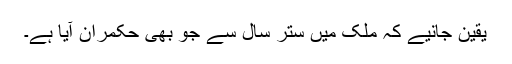
یقین جانیے کہ مُلک میں ستر سال سے جو بھی حکمران آیا ہے۔